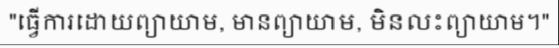
"ធ្វើការដោយព្យាយាម, មានព្យាយាម, មិនលះព្យាយាម។"